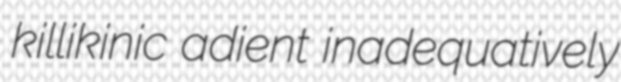
killikinic adient inadequatively